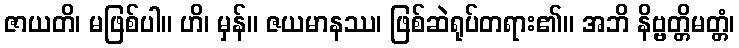
ဇာယတိ၊ မဖြစ်ပါ။ ဟိ၊ မှန်။ ဇယမာနဿ၊ ဖြစ်ဆဲရုပ်တရား၏။ အဘိ နိဗ္ဗတ္တိမတ္တံ၊